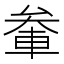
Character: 軬